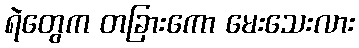
ရဲတွေက တခြားကော မေးသေးလား